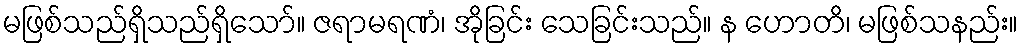
မဖြစ်သည်ရှိသည်ရှိသော်။ ဇရာမရဏံ၊ အိုခြင်း သေခြင်းသည်။ န ဟောတိ၊ မဖြစ်သနည်း။